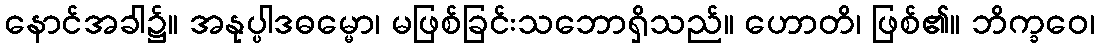
နောင်အခါ၌။ အနုပ္ပါဒဓမ္မော၊ မဖြစ်ခြင်းသဘောရှိသည်။ ဟောတိ၊ ဖြစ်၏။ ဘိက္ခဝေ၊